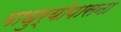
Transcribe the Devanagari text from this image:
माधुर्योपासना